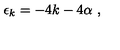
\epsilon _ { k } = - 4 k - 4 \alpha \ ,